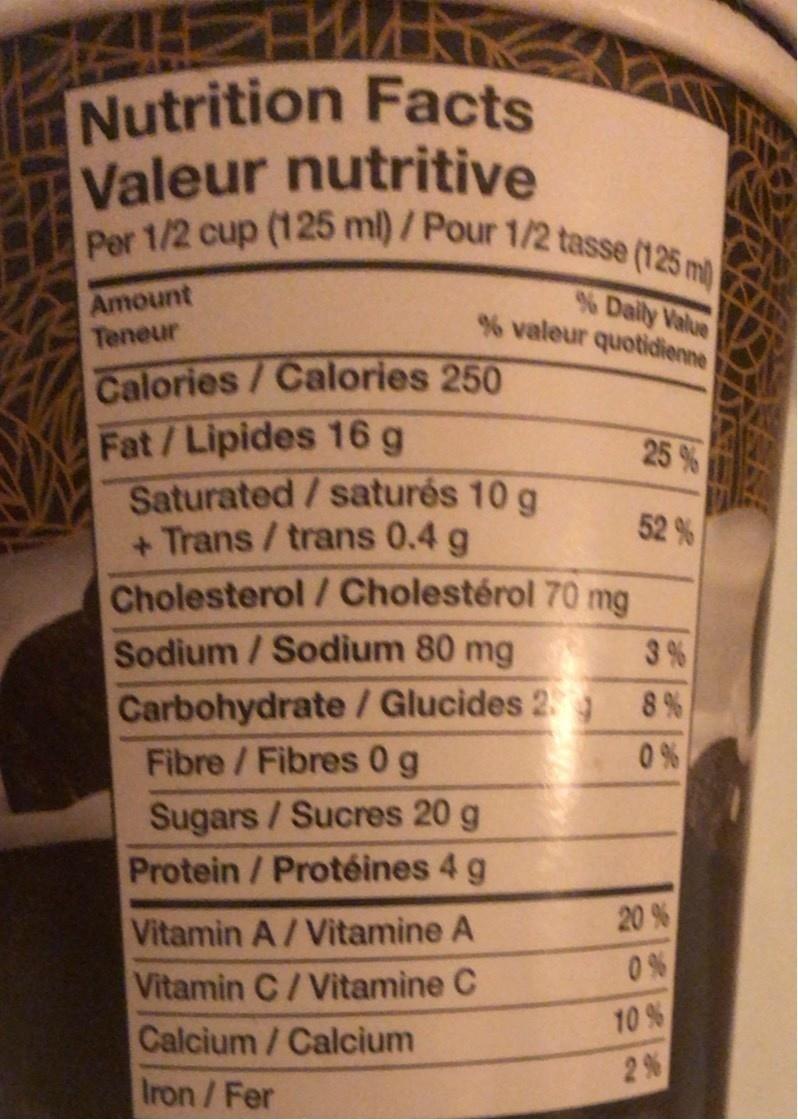
Nutrition Facts Valeur nutritive Per 1/2 cup (125 ml) / Pour 1/2 tasse (125 ml
Amount Teneur
% Daily Value % valeur quotidienne
Calories/Calories 250 Fat/Lipides 16 g Saturated/saturés 10 g + Trans /trans 0.4 g Cholesterol /Cholestérol 70 mg Sodium / Sodium 80 mg
25 %
52 %
3 %
Carbohydrate / Glucides 2 Fibre / Fibres 0g
8 %
0 %
Sugars / Sucres 20 g
Protein/Protéines 4 g
20 %
Vitamin A/Vitamine A Vitamin C/Vitamine C Calcium/Calcium Iron/Fer
0 %
10 % 2%